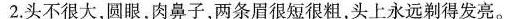
2.头不很大，圆眼，肉鼻子，两条眉很短很粗，头上永远剃得发亮。